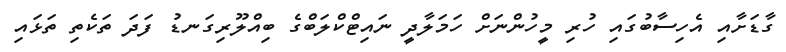
ގާޑަށާއި އެހިސާބުގައި ހުރި މީހުންނަށް ހަމަލާދީ ނައިޓްކްލަބްގެ ބިއްލޫރިގަނޑު ފަދަ ތަކެތި ތަޅައި